Medical and sanitary report on the native army of Bombay for the year
Year: 1878
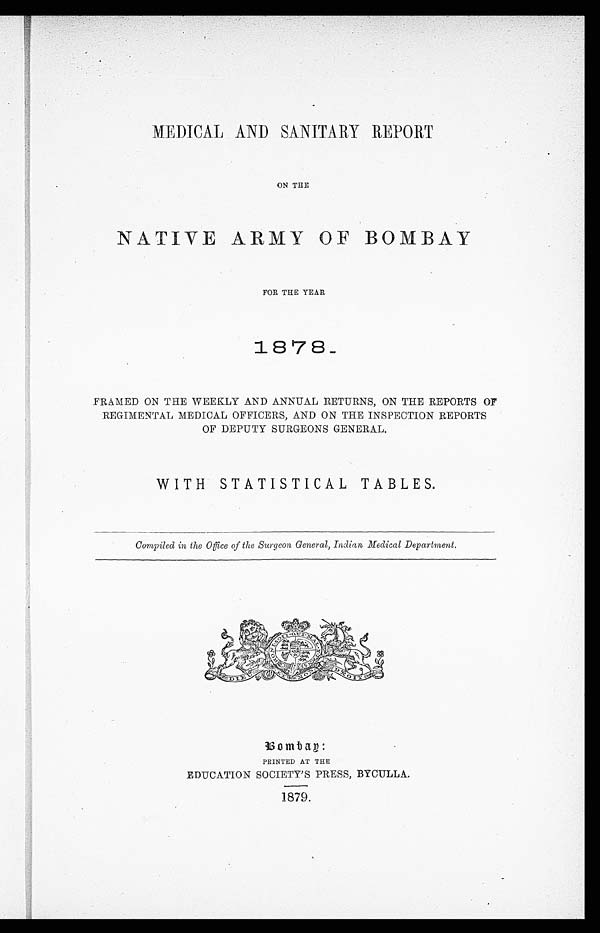
ON THE
NATIVE ARMY OF BOMBAY
FOR THE YEAR
1878-
FRAMED ON THE WEEKLY AND ANNUAL RETURNS, ON THE REPORTS OF
REGIMENTAL MEDICAL OFFICERS, AND ON THE INSPECTION REPORTS
OF DEPUTY SURGEONS GENERAL.
WITH STATISTICAL TABLES.
Compiled in the Office of the Surgeon General, Indian Medical Department.
Bombay :
PRINTED AT THE
EDUCATION SOCIETY'S PRESS, BYCULLA.
1879.